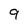
Character: 9